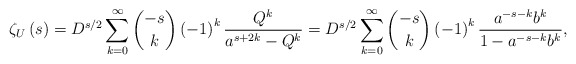
\begin{align*} \zeta _{U}\left( s\right)=D^{s/2}\sum_{k=0}^{\infty }\binom{-s}{k}\left( -1\right) ^{k}\frac{Q^{k}}{a^{s+2k}-Q^{k}} =D^{s/2}\sum_{k=0}^{\infty }\binom{-s}{k}\left( -1\right) ^{k}\frac{a^{-s-k}b^k}{1-a^{-s-k}b^{k}},\end{align*}